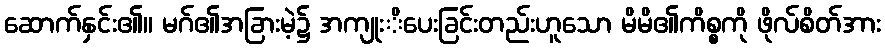
ဆောက်နှင်း၏။ မဂ်၏အခြားမဲ့၌ အကျုးိပေးခြင်းတည်းဟူသော မိမိ၏ကိစ္စကို ဖိုလ်စိတ်အား